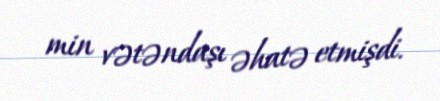
min vətəndaşı əhatə etmişdi.